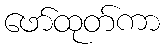
ဖော်ထုတ်ကာ